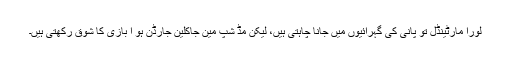
لورا مارٹینڈل تو پانی کی گہرائیوں میں جانا چاہتی ہیں، لیکن مڈ شپ مین جاکلین جارڈن ہو ا بازی کا شوق رکھتی ہیں۔